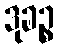
ဒုခဉ္စ